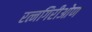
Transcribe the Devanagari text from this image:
रत्नगिरीओण